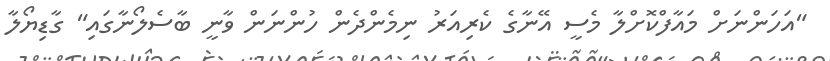
"އަހަންނަށް މައާފްކޮށްލާ މެސީ އޭނާގެ ކެރިއަރު ނިމެންދެން ހުންނަން ވާނީ ބާސެލޯނާގައި" ގާޑިޔޯލާ